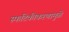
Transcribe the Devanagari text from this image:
स्फटिकीकरणामुळे